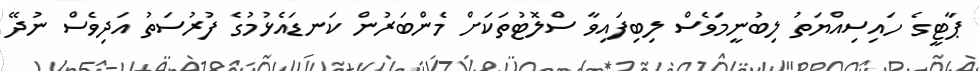
ޕާޓީގެ ހައިސިއްޔަތު ލިބުނީމަވެސް ލިބިފައިވާ ސްލޮޓުތަކަށް މެންބަރުން ކަނޑައެޅުމުގެ ފުރުސަތު އަދިވެސް ނުދޭ